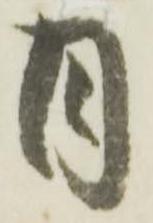
月